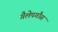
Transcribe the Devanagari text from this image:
गैलेपगौस